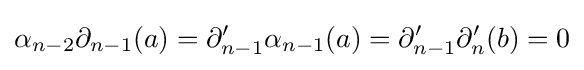
\alpha _{n-2}\partial _{n-1}(a)=\partial _{n-1}'\alpha _{n-1}(a)=\partial _{n-1}'\partial _{n}'(b)=0